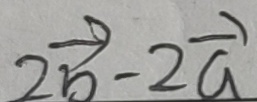
2 \overrightarrow { b } - 2 \overrightarrow { a }